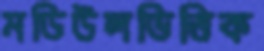
মডিউলভিত্তিক